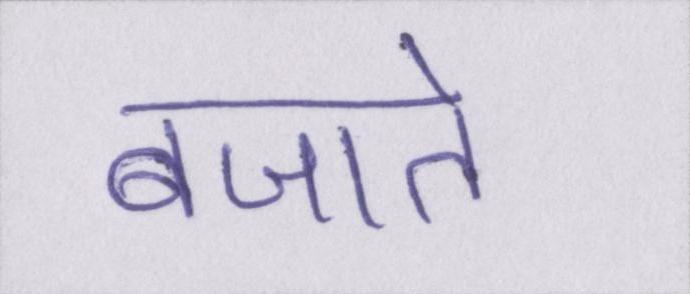
बजाते